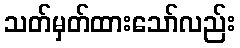
သတ်မှတ်ထားသော်လည်း